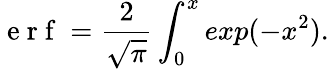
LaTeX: \mathrm{~e~r~f~}=\frac{2}{\sqrt{\pi}}\int_{0}^{x}exp(-x^{2}).